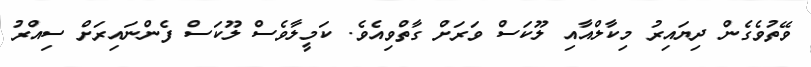
ވޭތުވެގެން ދިޔައިރު މިކާލްއާއި ލޫކަސް ވަރަށް ގާތްވިއެވެ. ކަމީލާވެސް ލޫކަސް ފެންނައިރަށް ސިއްރު